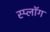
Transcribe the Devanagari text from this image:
स्प्लॉग